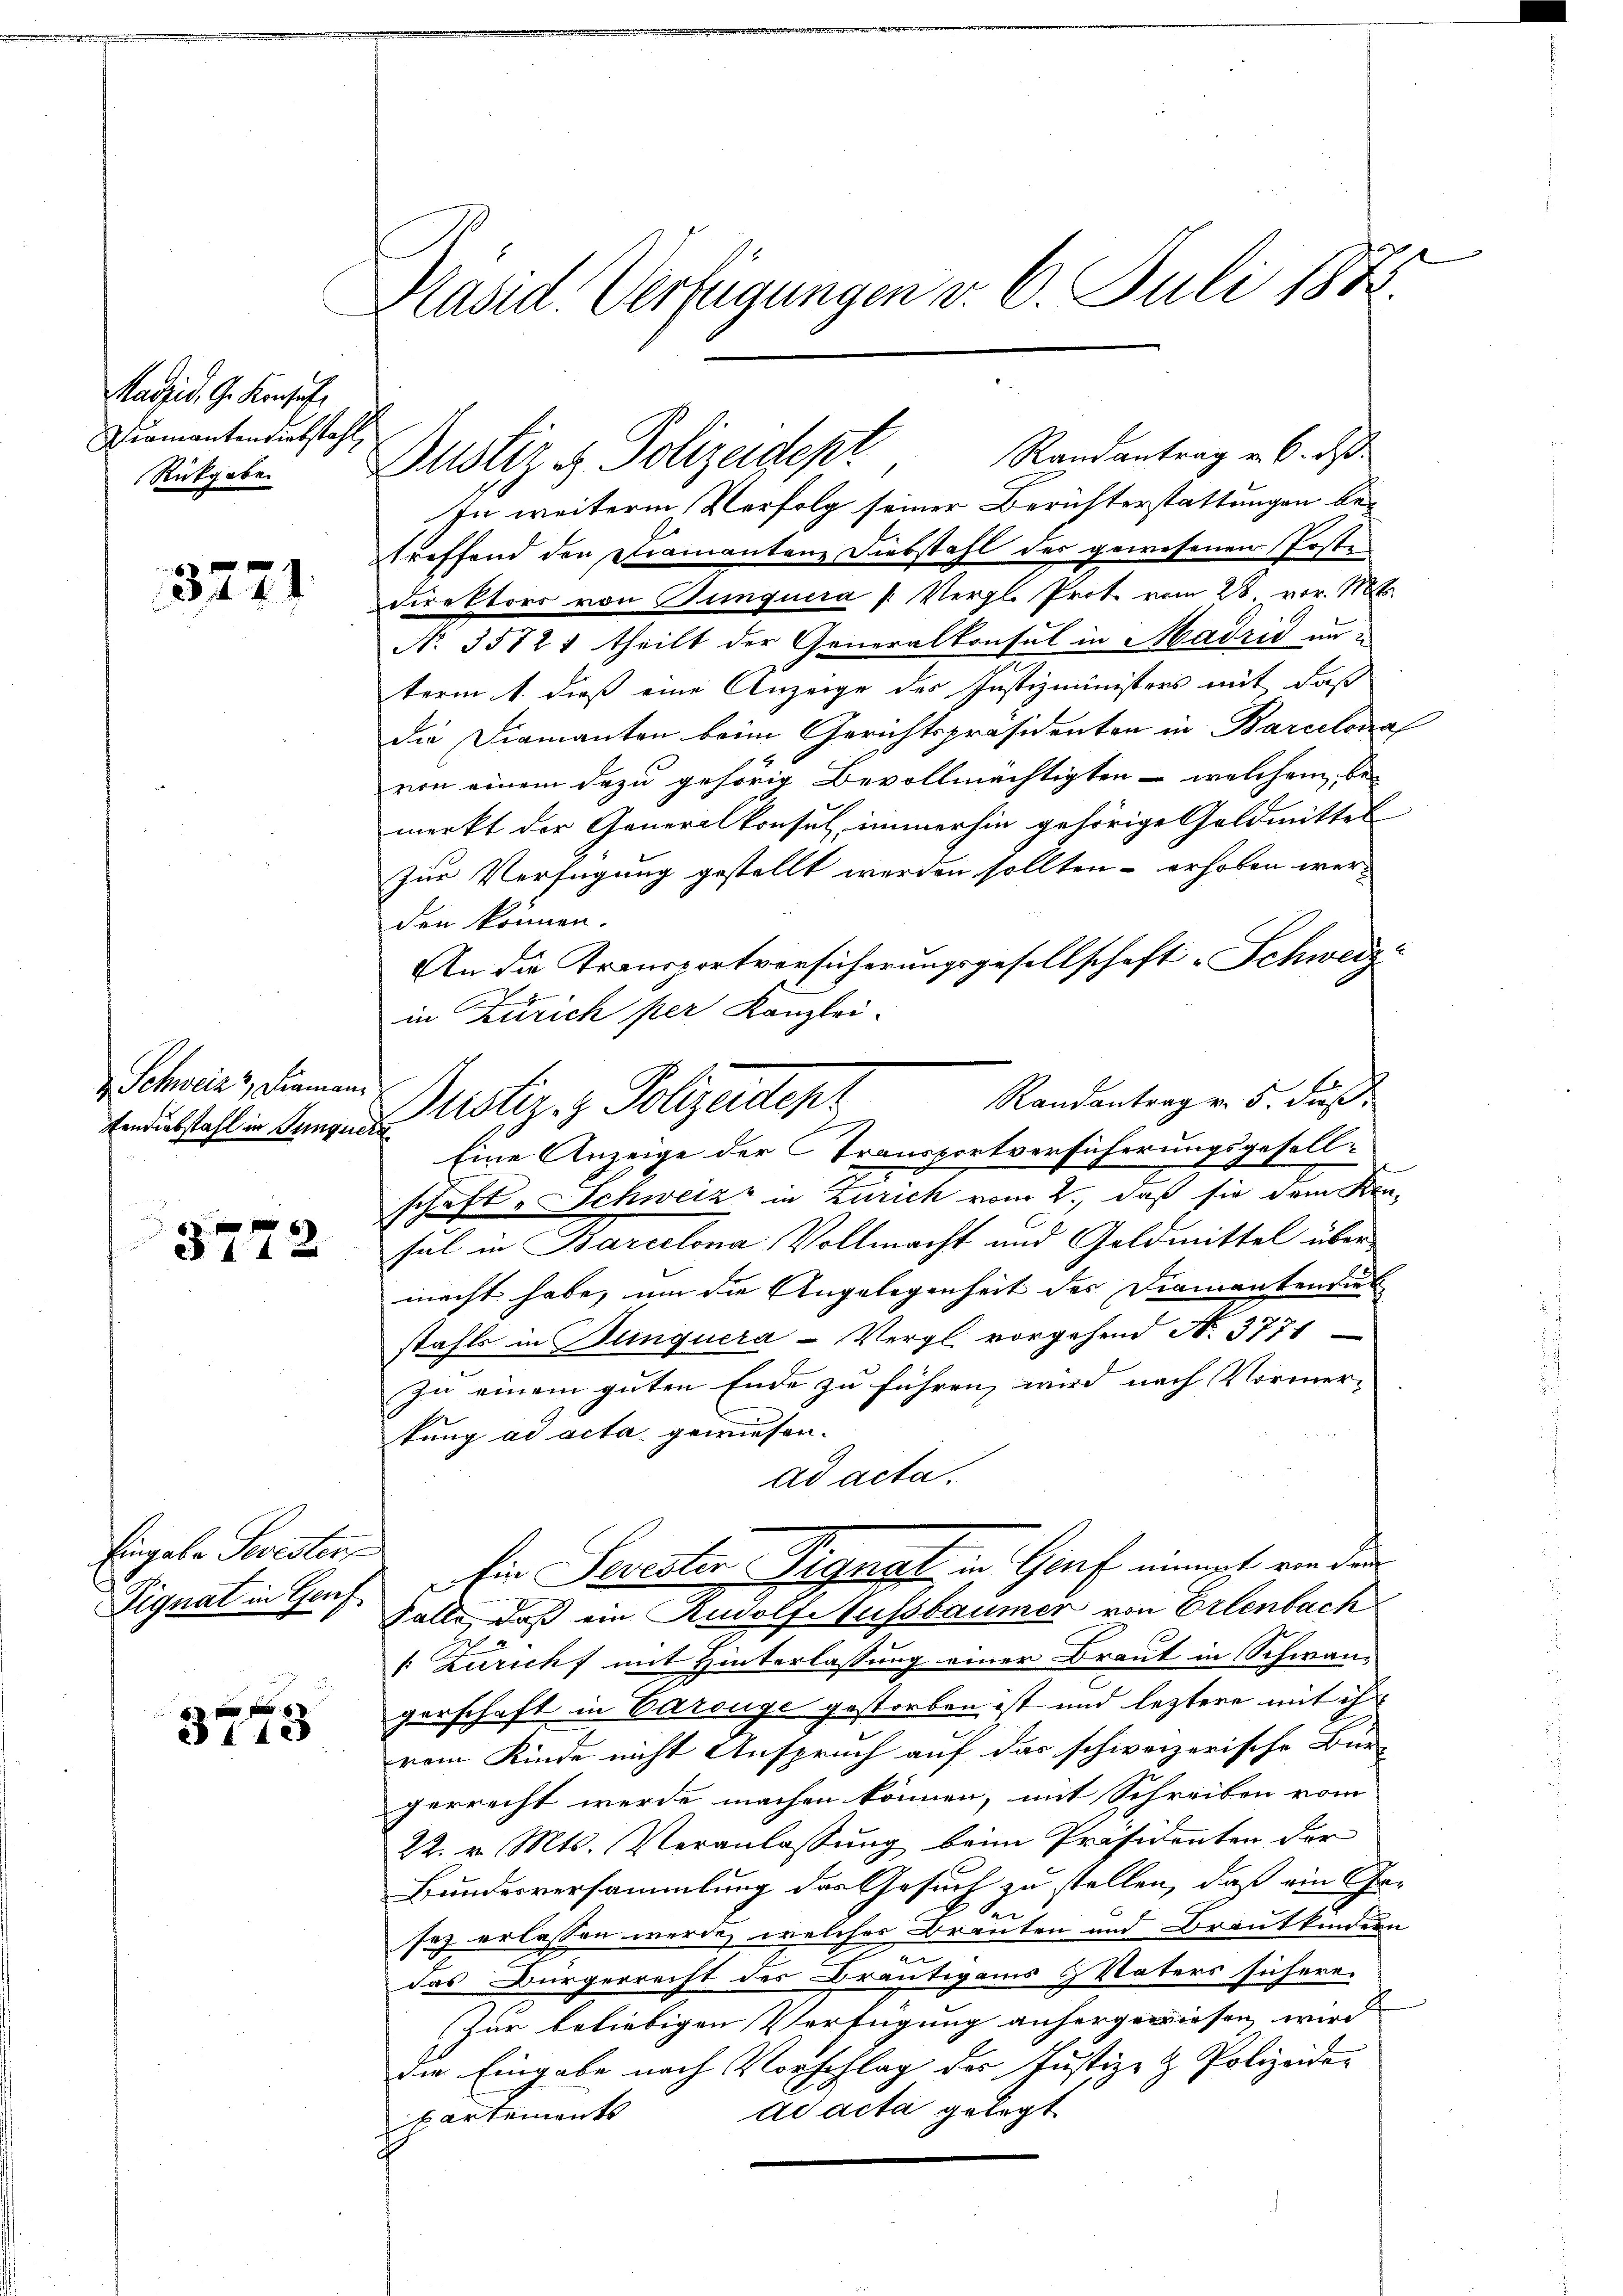
Madrid. G. Konsul
Diamantendiebstahl
Rückgabe

3771

Schweiz & Diamantendiebstahl in Tunquera

6
§272

Eingabe Sevester
Signat in Genf

60 f 0 x
e tie

Kasid. Verfügungen v. 6. Juli 1872

Randantrag u. 6. ds.
In weiterm Verfolg seiner Berichterstattungen betreffend den Diamantanz Diebstahl des gewesenen Post¬
Direktors von Sunquera /: Vergl. Prot. vom 28 vor. Mts.
No. 35721 theilt der Generalkonsul in Madrić unterm 1. dieß eine Anzeige der Justizministers mit daß
die Diamanten beim Gerichtspräsidenten in Barcelona
von einem dazu gehörig Bevollmächtigten - welchem be-
merkt der Generalkonsul, immerhin gehörige Geldmittel
zur Verfügung gestellt werden sollten - erhoben werden können.
An die Transportversicherungsgesellschaft „Schweiz
in Zürich per Kanzlei-
Randantrag v. 5. Fuß.
Eine Anzeige der Transportversicherungsgesellschaft - Schweiz in Zürich vom 2., daß sie dem Kon-
sul in Barcelona Vollmacht und Goldmittel über
macht habe, um die Angelegenheit des Diamantenriet
stahls in Bunquera-Vergl. vorgehend No. 3771
Zu einem guten Ende zu führen, wird nach Vormer-
tung ad acta gewiesen.
ad acta.
in Sorester, Vigant in Graf nimmt von den
Falle, daß ein Rudolfussbaumer von Erlenbach
/: Zuricht mit Hinterlassung einer Braut in Schwan-
gerschaft in Carouge gestorben ist und leztere mit ihr
rem Kinde nicht Anspruch auf das schweizerische Bür-
gerrecht werde machen können, mit Schreiben vom
22. v. Mts. Veranlassung beim Präsidenten der
Bundesversammlung des Gesuch zu stellen, daß ein Geben
sez erlassen werde, welches Brauten und Brautkindern
en
das Bürgerrecht des Bräutigams Vaters sichere-
Zur beliebigen Verfügung anhergewiesen wird. |
die Eingabe nach Vorschlag des Justiz- & Polizeide-
ad acta gelegt
partements

Justiz & Polizeidept

Rustiz- & Polizeiten